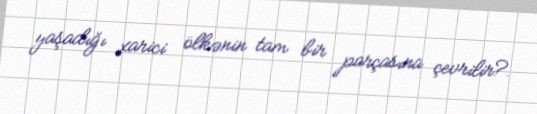
yaşadığı xarici ölkənin tam bir parçasına çevrilir?.